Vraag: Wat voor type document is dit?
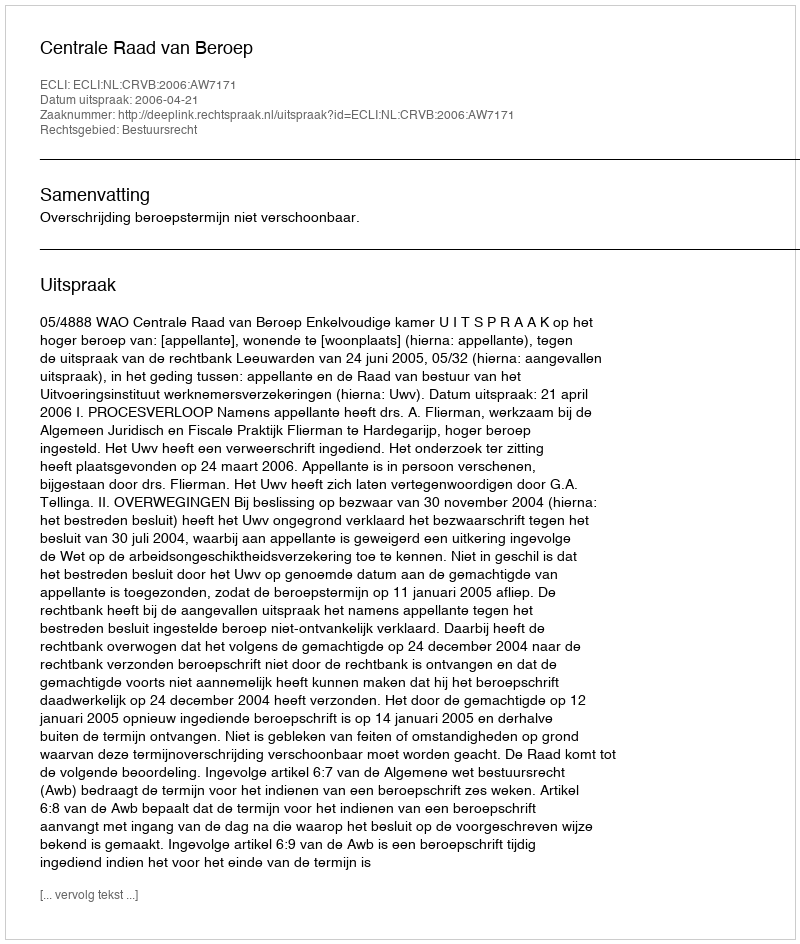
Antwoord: Uitspraak